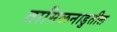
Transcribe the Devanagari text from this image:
तामिळनाडुतील